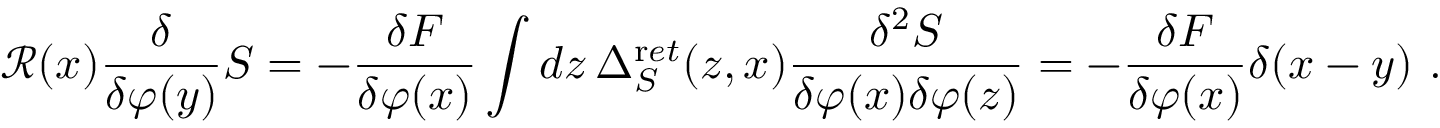
{ \mathcal R } ( x ) \frac { \delta } { \delta \varphi ( y ) } S = - \frac { \delta F } { \delta \varphi ( x ) } \int d z \, \Delta _ { S } ^ { \mathrm r e t } ( z , x ) \frac { \delta ^ { 2 } S } { \delta \varphi ( x ) \delta \varphi ( z ) } = - \frac { \delta F } { \delta \varphi ( x ) } \delta ( x - y ) \ .